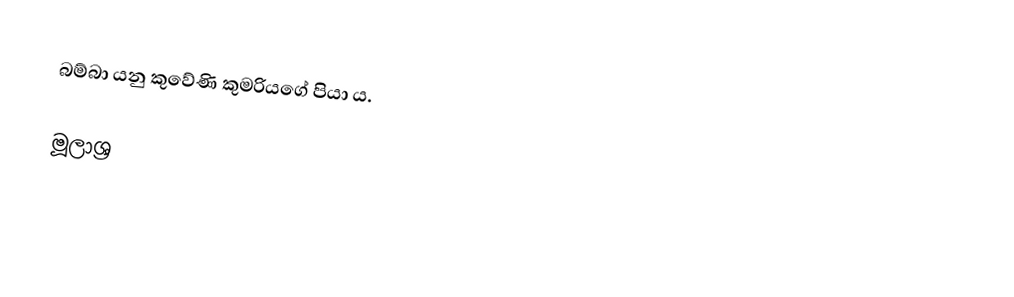
බම්බා යනු කුවේණි කුමරියගේ පියා ය.

මූලාශ්‍ර